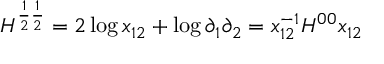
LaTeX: H ^ { \frac { 1 } { 2 } \frac { 1 } { 2 } } = 2 \log x _ { 1 2 } + \log \partial _ { 1 } \partial _ { 2 } = x _ { 1 2 } ^ { - 1 } H ^ { 0 0 } x _ { 1 2 }